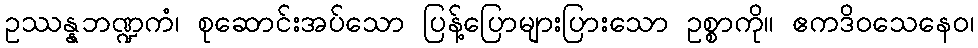
ဥဿန္နဘဏ္ဍကံ၊ စုဆောင်းအပ်သော ပြန့်ပြောများပြားသော ဥစ္စာကို။ ဧကဒိဝသေနေဝ၊